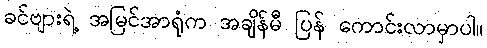
ခင်ဗျားရဲ့ အမြင်အာရုံက အချိန်မီ ပြန် ကောင်းလာမှာပါ။